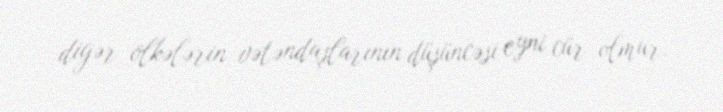
digər ölkələrin vətəndaşlarının düşüncəsi eyni cür olmur.